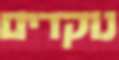
נוקדים